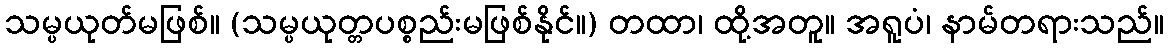
သမ္ပယုတ်မဖြစ်။ (သမ္ပယုတ္တပစ္စည်းမဖြစ်နိုင်။) တထာ၊ ထို့အတူ။ အရူပံ၊ နာမ်တရားသည်။